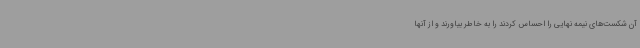
آن شکست‌های نیمه نهایی را احساس کردند را به خاطر بیاورند و از آنها